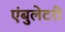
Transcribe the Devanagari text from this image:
एंबुलेटरी